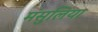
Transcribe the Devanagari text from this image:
मंसुलिया